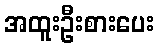
အထူးဦးစားပေး